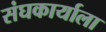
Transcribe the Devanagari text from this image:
संघकार्याला